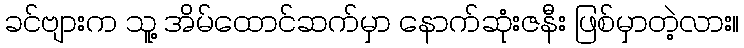
ခင်ဗျားက သူ့ အိမ်ထောင်ဆက်မှာ နောက်ဆုံးဇနီး ဖြစ်မှာတဲ့လား။